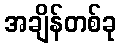
အချိန်တစ်ခု